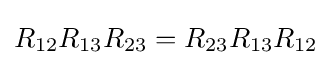
R_{12}R_{13}R_{23}=R_{23}R_{13}R_{12}